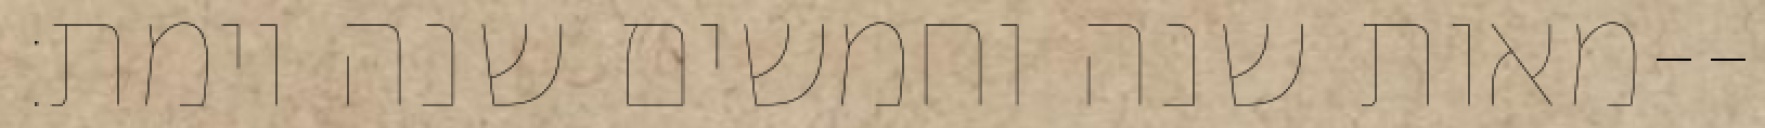
מאות שנה וחמשים שנה וימת׃--